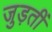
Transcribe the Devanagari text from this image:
जुड़तीं